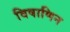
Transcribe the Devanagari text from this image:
विषाणिन